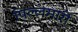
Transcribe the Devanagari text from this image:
पिल्‍लमार्री